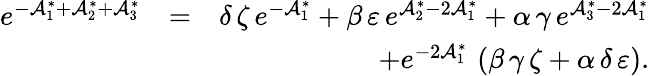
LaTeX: \begin{array}{rlr}{e^{-\mathcal{A}_{1}^{\ast}+\mathcal{A}_{2}^{\ast}+\mathcal{A}_{3}^{\ast}}}&{=}&{\delta\, \zeta\, e^{-\mathcal{A}_{1}^{\ast}}+\beta\, \varepsilon\, e^{\mathcal{A}_{2}^{\ast}-2\mathcal{A}_{1}^{\ast}}+\alpha\, \gamma\, e^{\mathcal{A}_{3}^{\ast}-2\mathcal{A}_{1}^{\ast}}}\\ &{}&{+e^{-2\mathcal{A}_{1}^{\ast}}\, \left(\beta\, \gamma\, \zeta+\alpha\, \delta\, \varepsilon\right).}\end{array}